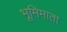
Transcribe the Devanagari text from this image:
भूमिमाता